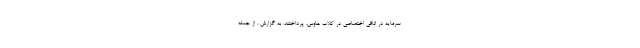
سرمایه در اتاقی اختصاصی در کلاب هاوس، پرداختند. به گزارش ، از جمله